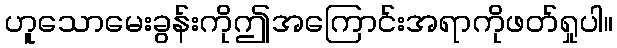
ဟူသောမေးခွန်းကိုဤအကြောင်းအရာကိုဖတ်ရှုပါ။